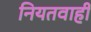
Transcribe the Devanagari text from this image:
नियतवाही